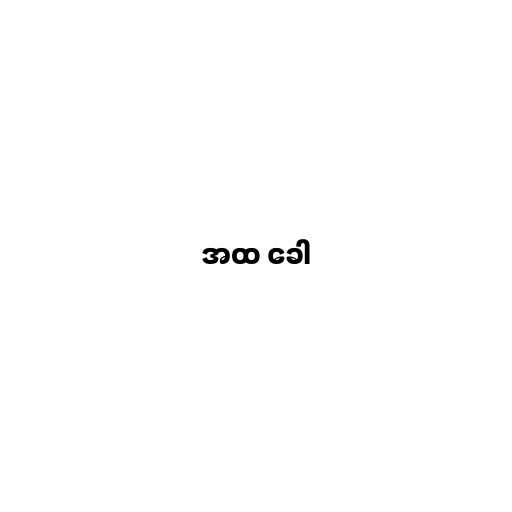
အထ ခေါ